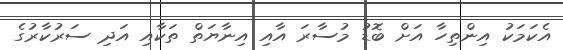
އެކަމަކު އިންތިހާ އަށް ބޮޑު މުސާރަ އާއި އިނާޔަތް ތަކާއި އަދި ސަރުކާރުގެ